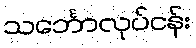
သင်္ဘောလုပ်ငန်း